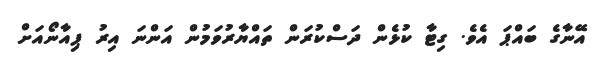
އޭނާގެ ބައްޕަ އެވެ. ގިޓާ ކުޅެން ދަސްކުރަން ތައްޔާރުވަމުން އަންނަ އިރު ޕިއާނޯއަށް